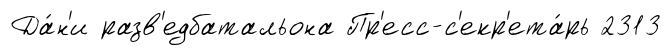
Да́н'и разв'едбатальона Пр'есс-с'екр'ета́рь 2313